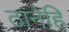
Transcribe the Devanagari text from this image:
ठानेहि